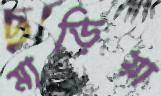
মাড়িয়া